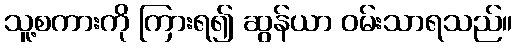
သူ့စကားကို ကြားရ၍ ဆွန်ယာ ဝမ်းသာရသည်။